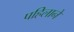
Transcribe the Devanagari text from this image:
पहिलाने